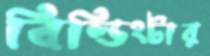
বিল্ডিংটার